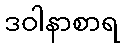
ဒဝါနာစာရ